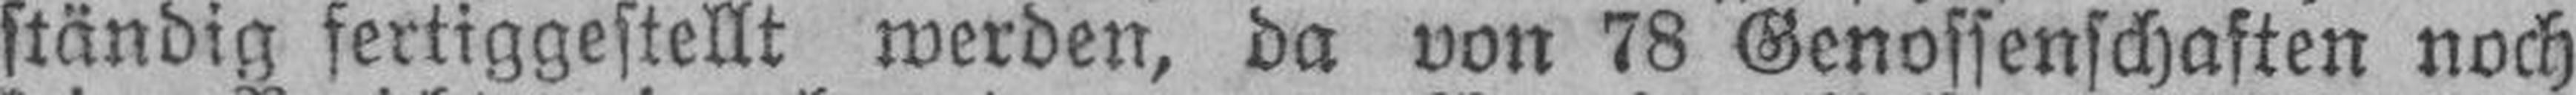
ständig fertiggestellt werden, da von 78 Genossenschaften noch